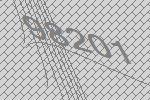
98201